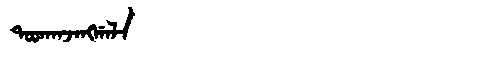
Manchu: ᡨᠣᠣᡴᠠᠨᠵᠠᠩᡤᠠᠯᠠ
Romanization: TOOKANJANGGALA